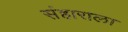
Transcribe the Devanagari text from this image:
संहाराला